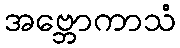
အဗ္ဘောကာသံ